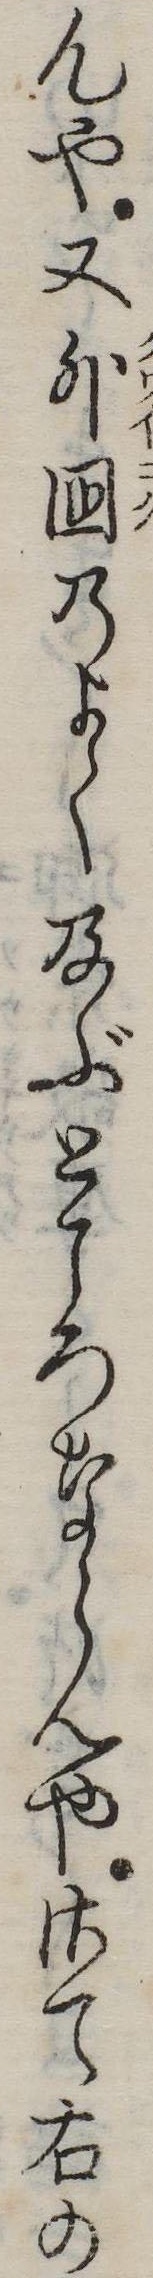
んや又外国のよく及ぶところならんやさて右の